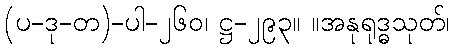
(ပ-ဒု-တ)-ပါ-၂၆၀၊ ဋ္ဌ-၂၉၃။ ။အနုရုဒ္ဓသုတ်၊